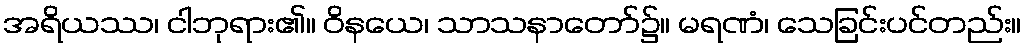
အရိယဿ၊ ငါဘုရား၏။ ဝိနယေ၊ သာသနာတော်၌။ မရဏံ၊ သေခြင်းပင်တည်း။